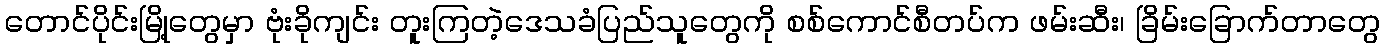
တောင်ပိုင်းမြို့တွေမှာ ဗုံးခိုကျင်း တူးကြတဲ့ဒေသခံပြည်သူတွေကို စစ်ကောင်စီတပ်က ဖမ်းဆီး၊ ခြိမ်းခြောက်တာတွေ